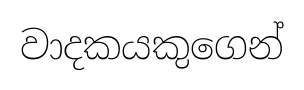
වාදකයකුගෙන්